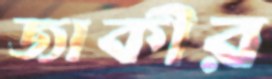
জাকীর